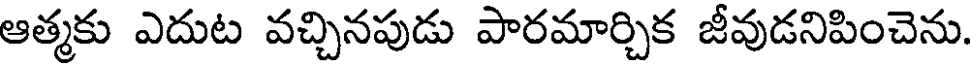
ఆత్మకు ఎదుట వచ్చినపుడు పారమార్చిక జీవుడనిపించెను.